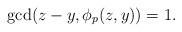
LaTeX: \begin{align*} \gcd(z-y, \phi_p(z,y)) =1.\end{align*}